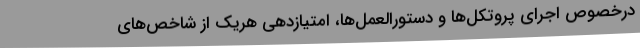
درخصوص اجرای پروتکل‌ها و دستورالعمل‌ها، امتیازدهی هریک از شاخص‌های